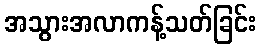
အသွားအလာကန့်သတ်ခြင်း